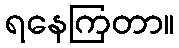
ရနေကြတာ။